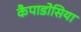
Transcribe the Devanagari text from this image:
कैपाडोसिया